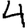
Digit: 4